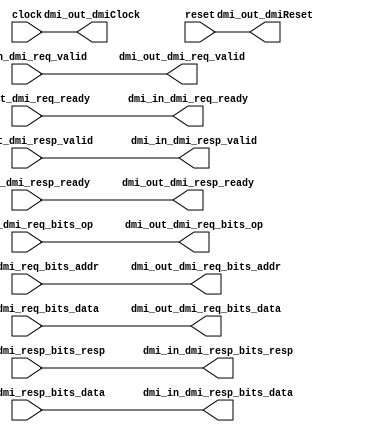
// Copyright (c) 2019 Bluespec, Inc.
// Modified by Dylan Hand, Galois, Inc

// This file is a plug-compatible replacement for DMITap in SSITH rocket P1/P2

module DMITap(
   input clock,
   input reset,

  output        dmi_out_dmi_req_valid,
  input         dmi_out_dmi_req_ready,
  output [ 6:0] dmi_out_dmi_req_bits_addr,
  output [ 1:0] dmi_out_dmi_req_bits_op,
  output [31:0] dmi_out_dmi_req_bits_data,

  input         dmi_out_dmi_resp_valid,
  output        dmi_out_dmi_resp_ready,
  input  [ 1:0] dmi_out_dmi_resp_bits_resp,
  input  [31:0] dmi_out_dmi_resp_bits_data,

  input         dmi_in_dmi_req_valid,
  output        dmi_in_dmi_req_ready,
  input  [ 6:0] dmi_in_dmi_req_bits_addr,
  input  [ 1:0] dmi_in_dmi_req_bits_op,
  input  [31:0] dmi_in_dmi_req_bits_data,

  output        dmi_in_dmi_resp_valid,
  input         dmi_in_dmi_resp_ready,
  output [ 1:0] dmi_in_dmi_resp_bits_resp,
  output [31:0] dmi_in_dmi_resp_bits_data,

  output dmi_out_dmiClock,
  output dmi_out_dmiReset
);


assign dmi_out_dmi_req_valid = dmi_in_dmi_req_valid;
assign dmi_out_dmi_req_bits_addr = dmi_in_dmi_req_bits_addr;
assign dmi_out_dmi_req_bits_op = dmi_in_dmi_req_bits_op;
assign dmi_out_dmi_req_bits_data = dmi_in_dmi_req_bits_data;
assign dmi_out_dmi_resp_ready = dmi_in_dmi_resp_ready;
assign dmi_in_dmi_req_ready = dmi_out_dmi_req_ready;
assign dmi_in_dmi_resp_valid = dmi_out_dmi_resp_valid;
assign dmi_in_dmi_resp_bits_resp = dmi_out_dmi_resp_bits_resp;
assign dmi_in_dmi_resp_bits_data = dmi_out_dmi_resp_bits_data;
assign dmi_out_dmiClock = clock;
assign dmi_out_dmiReset = reset;

endmodule